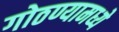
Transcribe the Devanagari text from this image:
गोठण्यामध्ये